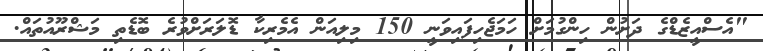
"އެސްއީޒެޑްގެ ދަށުން ހިންގުމަށް ހަމަޖެހިފައިވަނީ 150 މިލިއަން އެމެރިކާ ޑޮލަރަށްވުރެ ބޮޑެތި މަޝްރޫއުތައް.